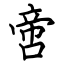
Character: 啻